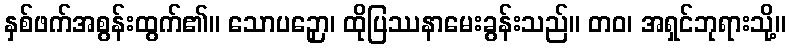
နှစ်ဖက်အစွန်းထွက်၏။ သောပဉှော၊ ထိုပြဿနာမေးခွန်းသည်။ တဝ၊ အရှင်ဘုရားသို့။